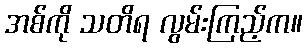
အစ်ကို သတိရ လွမ်းကြည့်က။